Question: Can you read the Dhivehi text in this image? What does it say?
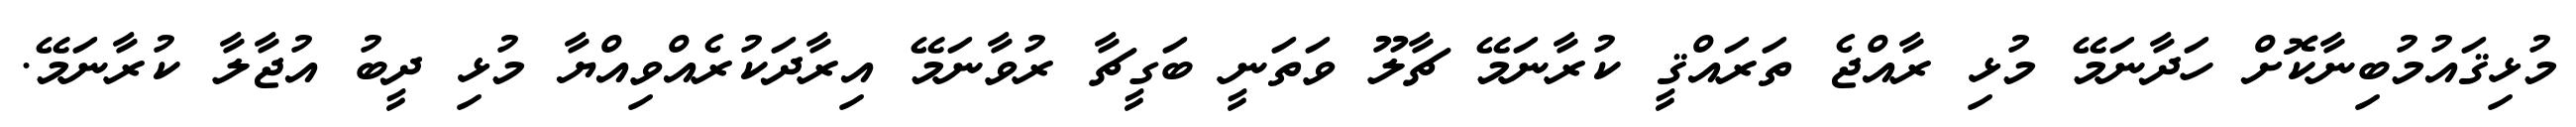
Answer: މުޅިޤައުމުބިނާކޮށް ހަދާނަމޭ މުޅި ރާއްޖެ ތަރައްޤީ ކުރާނަމޭ ޗާލޫ ވަތަނީ ބަގީޗާ ރުވާނަމޭ އިރާދަކުރެއްވިއްޔާ މުޅި ދީބު އުޖާލާ ކުރާނަމޭ.